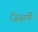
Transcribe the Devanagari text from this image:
जिसमेंंं